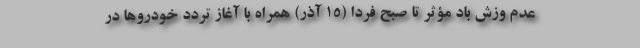
عدم وزش باد مؤثر تا صبح فردا (۱۵ آذر) همراه با آغاز تردد خودروها در